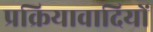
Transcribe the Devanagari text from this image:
प्रक्रियावादियों